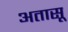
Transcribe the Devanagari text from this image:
अतासू